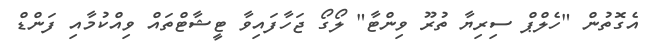
އެގޮތުން "ހެލްޕް ސިރިޔާ ތުރޫ ވިންޓާ" ލޯގޯ ޖަހާފައިވާ ޓީޝާޓްތައް ވިއްކުމާއި ފަންޑް